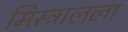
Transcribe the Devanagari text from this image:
मिस्त्रालला